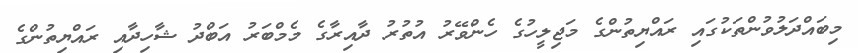
މިބައްދަލުވުންތަކުގައި ރައްޔިތުންގެ މަޖިލީހުގެ ހެންވޭރު އުތުރު ދާއިރާގެ މެމްބަރު އަބްދު ޝާހިދާއި ރައްޔިތުންގެ